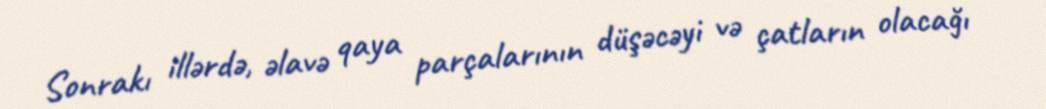
Sonrakı illərdə, əlavə qaya parçalarının düşəcəyi və çatların olacağı